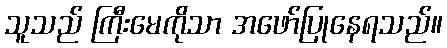
သူသည် ကြီးမေကိုသာ အဖော်ပြုနေရသည်။